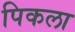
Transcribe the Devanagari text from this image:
पिकला